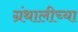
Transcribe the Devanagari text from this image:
ग्रंथालीच्‍या